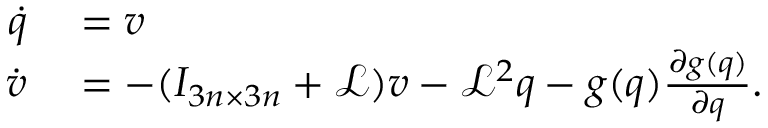
\begin{array} { r l } { \dot { q } } & { { } = v } \\ { \dot { v } } & { { } = - ( I _ { 3 n \times 3 n } + \mathcal { L } ) v - \mathcal { L } ^ { 2 } q - g ( q ) \frac { \partial g ( q ) } { \partial q } . } \end{array}